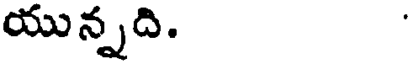
యున్నది.